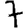
Digit: 7